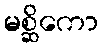
မစ္ဆိကော